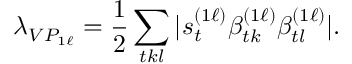
\lambda _ { V P _ { 1 \ell } } = \frac { 1 } { 2 } \sum _ { t k l } | s _ { t } ^ { ( 1 \ell ) } \beta _ { t k } ^ { ( 1 \ell ) } \beta _ { t l } ^ { ( 1 \ell ) } | .